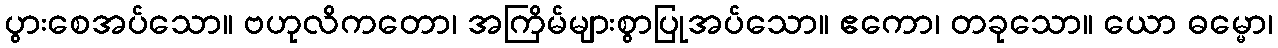
ပွားစေအပ်သော။ ဗဟုလိကတော၊ အကြိမ်များစွာပြုအပ်သော။ ဧကော၊ တခုသော။ ယော ဓမ္မော၊